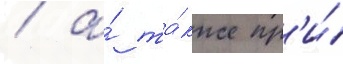
/ а́ та́кже пр'и́